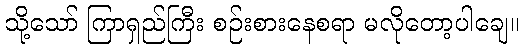
သို့သော် ကြာရှည်ကြီး စဉ်းစားနေစရာ မလိုတော့ပါချေ။